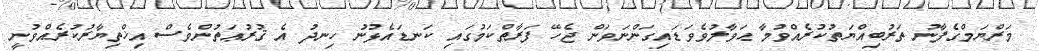
މަރްޔަމްގެފާނު ތަރުބިއްޔަތުކުރެެއްވުމާ ޙަވާލުވެވަޑައިގަންނަވަން ޖެހޭ ފަރާތްކަމުގައި ކަނޑައެޅުނު ހިނދު އެ ޤުރުޢަތުންވެސް އިޚްތިޔާރުކުރެއްވުނީ